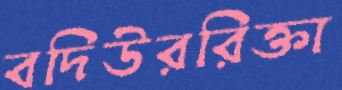
বদিউররিক্তা